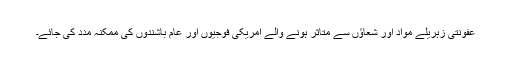
عفونتی زہریلے مواد اور شعاؤں سے متاثر ہونے والے امریکی فوجیوں اور عام باشندوں کی ممکنہ مدد کی جائے۔